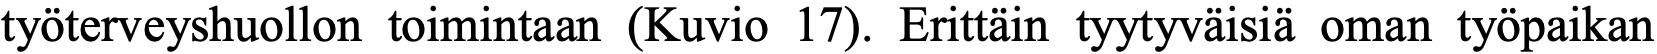
työterveyshuollon toimintaan (Kuvio 17). Erittäin tyytyväisiä oman työpaikan